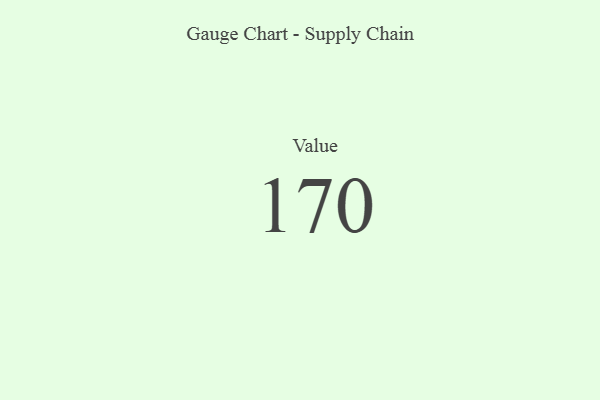
{"axis": {"x": "Metric", "y": "Value"}, "legend": [""], "data": [{"x": "Value", "y": 170, "type": ""}]}